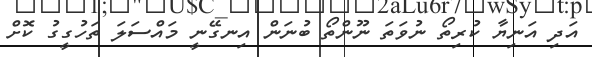
އަދި އަނިޔާ ކުރިތޯ ނުވަތަ ނޫންތޯ ބުނަން އިނގޭނީ މައްސަލަ ތަހުގީގު ކޮށް